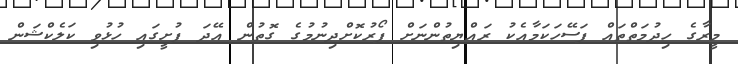
މީރާގެ ހިދުމަތްތައް ފަސޭހަކަމާއެކު ރައްޔިތުންނަށް ފޯރުކޮށްދިނުމުގެ ގޮތުން އޭދަ ފުށީގައި ހުޅުވި ކަލެކްޝަން